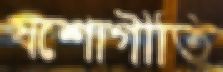
যশোগীতি